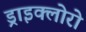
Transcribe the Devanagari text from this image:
ड्राइक्लोरो